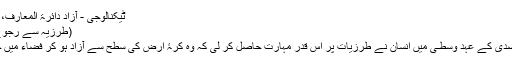
ٹیکنالوجی - آزاد دائرۃ المعارف، ویکیپیڈیا
(طرزیہ سے رجوع مکرر)
بیسویں صدی کے عہد وسطـٰی میں انسان نے طرزیات پر اس قدر مہارت حاصل کر لی کہ وہ کرۂ ارض کی سطح سے آزاد ہو کر فضاء میں جا سکے۔